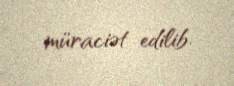
müraciət edilib.